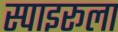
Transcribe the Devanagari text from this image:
स्पाइरूला